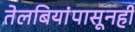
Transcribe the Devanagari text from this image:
तेलबियांपासूनही